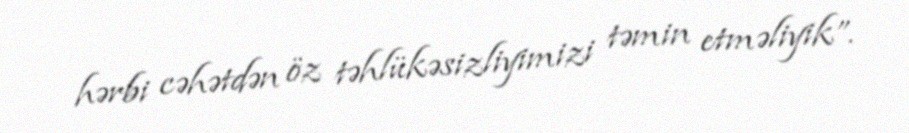
hərbi cəhətdən öz təhlükəsizliyimizi təmin etməliyik”.